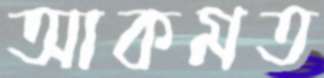
আকমত